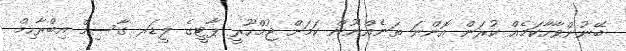
ބޭނުންވާހާކަމެއް ކުރަން އޮންނަ ތަނެއްނޫން ކަމަށް ޖުމްހޫރީ ޕާޓީގެ ލީޑަރ ގާސިމް އިބްރާހިމް